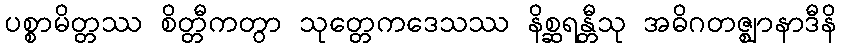
ပစ္စာမိတ္တဿ စိတ္တီကတွာ သုတ္တေကဒေသဿ နိစ္ဆရန္တီသု အဓိဂတဇ္ဈာနာဒီနိ